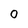
Character: 0